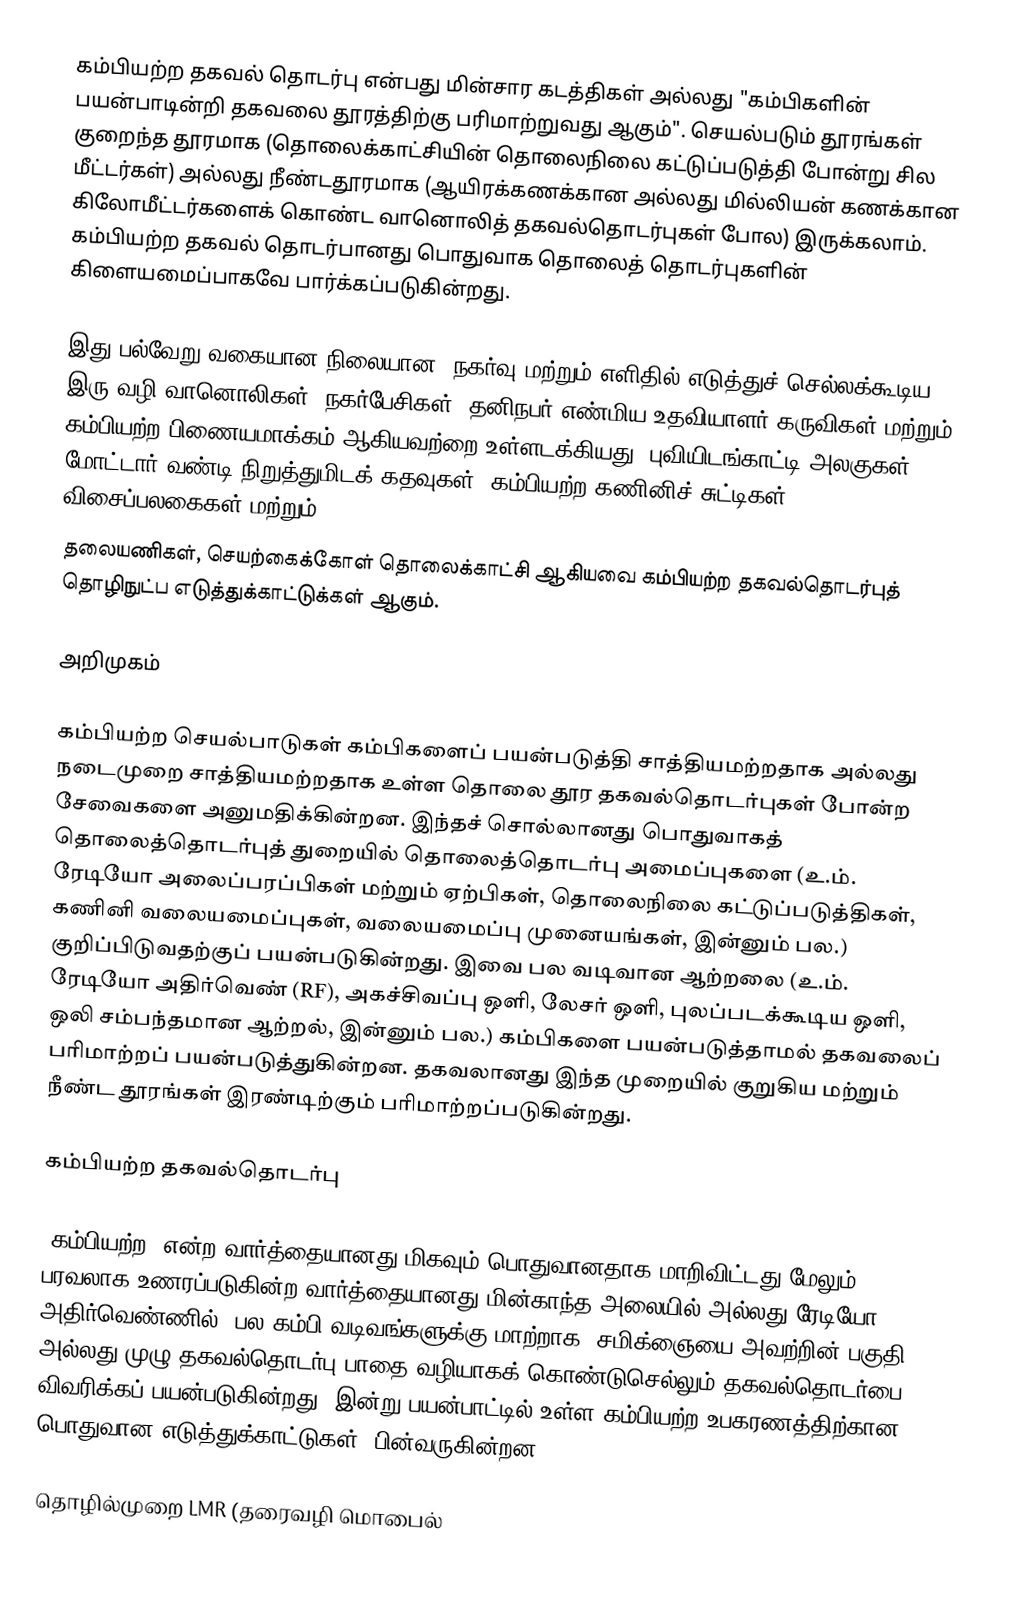
கம்பியற்ற தகவல் தொடர்பு என்பது மின்சார கடத்திகள் அல்லது "கம்பிகளின் பயன்பாடின்றி தகவலை தூரத்திற்கு பரிமாற்றுவது ஆகும்". செயல்படும் தூரங்கள் குறைந்த தூரமாக (தொலைக்காட்சியின் தொலைநிலை கட்டுப்படுத்தி போன்று சில மீட்டர்கள்) அல்லது நீண்டதூரமாக (ஆயிரக்கணக்கான அல்லது மில்லியன் கணக்கான கிலோமீட்டர்களைக் கொண்ட வானொலித் தகவல்தொடர்புகள் போல) இருக்கலாம். கம்பியற்ற தகவல் தொடர்பானது பொதுவாக தொலைத் தொடர்புகளின் கிளையமைப்பாகவே பார்க்கப்படுகின்றது.

இது பல்வேறு வகையான நிலையான, நகர்வு மற்றும் எளிதில் எடுத்துச் செல்லக்கூடிய இரு-வழி வானொலிகள், நகர்பேசிகள், தனிநபர் எண்மிய உதவியாளர் கருவிகள் மற்றும் கம்பியற்ற பிணையமாக்கம் ஆகியவற்றை உள்ளடக்கியது. புவியிடங்காட்டி அலகுகள், மோட்டார் வண்டி நிறுத்துமிடக் கதவுகள், கம்பியற்ற கணினிச் சுட்டிகள், விசைப்பலகைகள் மற்றும்
தலையணிகள், செயற்கைக்கோள் தொலைக்காட்சி ஆகியவை கம்பியற்ற தகவல்தொடர்புத் தொழிநுட்ப எடுத்துக்காட்டுக்கள் ஆகும்.

அறிமுகம்

கம்பியற்ற செயல்பாடுகள் கம்பிகளைப் பயன்படுத்தி சாத்தியமற்றதாக அல்லது நடைமுறை சாத்தியமற்றதாக உள்ள தொலை தூர தகவல்தொடர்புகள் போன்ற சேவைகளை அனுமதிக்கின்றன. இந்தச் சொல்லானது பொதுவாகத் தொலைத்தொடர்புத் துறையில் தொலைத்தொடர்பு அமைப்புகளை (உ.ம். ரேடியோ அலைப்பரப்பிகள் மற்றும் ஏற்பிகள், தொலைநிலை கட்டுப்படுத்திகள், கணினி வலையமைப்புகள், வலையமைப்பு முனையங்கள், இன்னும் பல.) குறிப்பிடுவதற்குப் பயன்படுகின்றது. இவை பல வடிவான ஆற்றலை (உ.ம். ரேடியோ அதிர்வெண் (RF), அகச்சிவப்பு ஒளி, லேசர் ஒளி, புலப்படக்கூடிய ஒளி, ஒலி சம்பந்தமான ஆற்றல், இன்னும் பல.) கம்பிகளை பயன்படுத்தாமல் தகவலைப் பரிமாற்றப் பயன்படுத்துகின்றன. தகவலானது இந்த முறையில் குறுகிய மற்றும் நீண்ட தூரங்கள் இரண்டிற்கும் பரிமாற்றப்படுகின்றது.

கம்பியற்ற தகவல்தொடர்பு

"கம்பியற்ற" என்ற வார்த்தையானது மிகவும் பொதுவானதாக மாறிவிட்டது மேலும் பரவலாக உணரப்படுகின்ற வார்த்தையானது மின்காந்த அலையில் அல்லது ரேடியோ அதிர்வெண்ணில் (பல கம்பி வடிவங்களுக்கு மாற்றாக) சமிக்ஞையை அவற்றின் பகுதி அல்லது முழு தகவல்தொடர்பு பாதை வழியாகக் கொண்டுசெல்லும் தகவல்தொடர்பை விவரிக்கப் பயன்படுகின்றது. இன்று பயன்பாட்டில் உள்ள கம்பியற்ற உபகரணத்திற்கான பொதுவான எடுத்துக்காட்டுகள், பின்வருகின்றன:

  தொழில்முறை LMR (தரைவழி மொபைல்